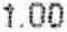
1.00